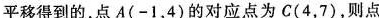
平移得到的，点A(-1，4)的对应点为C(4，7)，则点